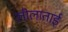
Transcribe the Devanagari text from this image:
लीलाताईं